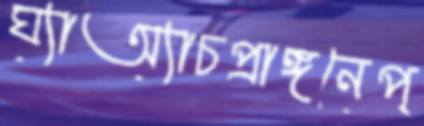
ঘ্যাঅ্যাচপ্রাঙ্গনেপ্